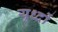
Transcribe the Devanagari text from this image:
युध्दों